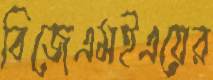
বিজেএমইএয়ের